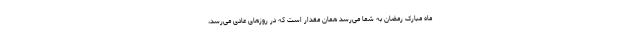
ماه مبارک رمضان به شما می‌رسد همان مقدار است که در روزهای عادی می‌رسد،